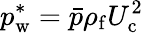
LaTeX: p_{\mathrm{w}}^{*}=\bar{p}\rho_{\mathrm{f}}U_{\mathrm{c}}^{2}